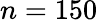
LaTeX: n=150